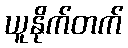
ယူနိုက်တက်